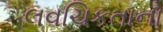
લવચિકતાનો